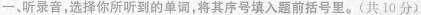
一、听录音,选择你所听到的单词,将其序号填入题前括号里.(共 10 分)